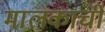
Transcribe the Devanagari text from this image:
मालकाची